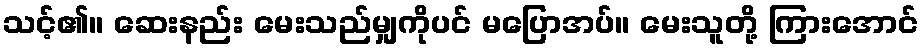
သင့်၏။ ဆေးနည်း မေးသည်မျှကိုပင် မပြောအပ်။ မေးသူတို့ ကြားအောင်